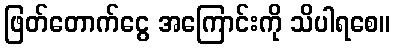
ဖြတ်တောက်ငွေ အကြောင်းကို သိပါရစေ။